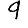
Digit: 9